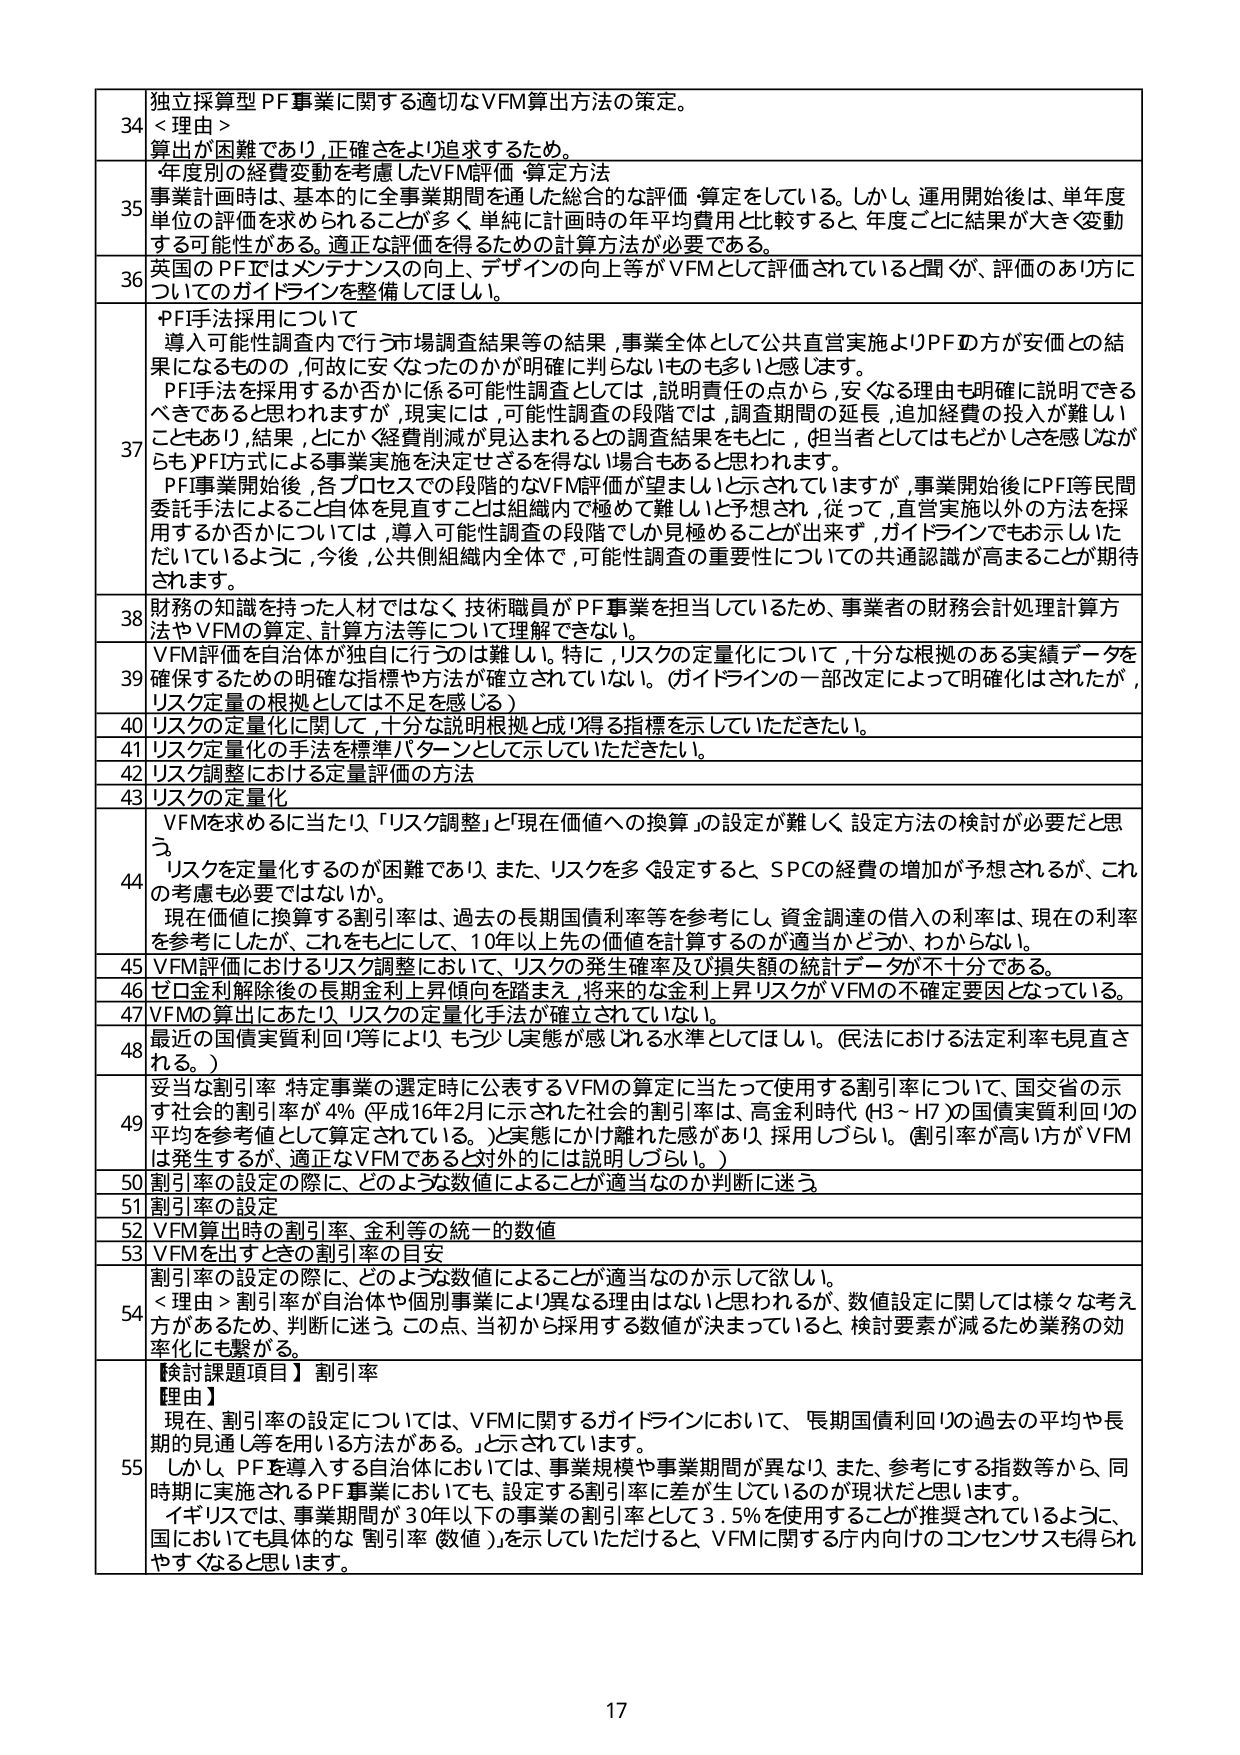
34 独立採算型PF事業に関する適切なVFM算出方法の策定。
＜理由＞
算出が困難であり、正確さをより追求するため。

35 年度別の経費変動を考慮したVFM評価・算定方法
事業計画時は、基本的に全事業期間を通した総合的な評価・算定をしている。しかし、運用開始後は、単年度単位の評価を求めるられることが多く、単純に計画時の年平均費用と比較すると、年度ごとに結果が大きく変動する可能性がある。適正な評価を得るための計算方法が必要である。

36 英国のPFではメンテナンスの向上、デザインの向上等がVFMとして評価されていると聞くが、評価のあり方についてのガイドラインを整備してほしい。

37 PF手法採用について
導入可能性調査内で行う市場調査結果等の結果、事業全体として公共直営実施よりPFの方が安価との結果になるものの、何故に安くなったのかが明確に判らないものも多いと感じます。
PF手法を採用するか否かに係る可能性調査としては、説明責任の点から、安くなる理由も明確に説明できるべきであると思われますが、現実には、可能性調査の段階では、調査期間の延長、追加経費の投入が難しいこともあり、結果、とにかく経費削減が見込まれるとの調査結果をもとに、担当者としてはもどかしさを感じながらもPF方式による事業実施を決定せざるを得ない場合もあると思われます。
PF事業開始後、各プロセスでの段階的なVFM評価が望ましいと示されていますが、事業開始後にPF等民間委託手法によること自体を見直すことは組織内で極めて難しいと予想され、従って、直営実施以外の方法を採用するか否かについては、導入可能性調査の段階でしか見極めることが出来ず、ガイドラインでもお示しいただいているように、今後、公共側組織内全体で、可能性調査の重要性についての共通認識が高まることが期待されます。

38 財務の知識を持った人材ではなく技術職員がPF事業を担当しているため、事業者の財務会計処理計算方法やVFMの算定、計算方法等について理解できない。

39 VFM評価を自治体が独自に行うのは難しい。特に、リスクの定量化について、十分な根拠のある実績データを確保するための明確な指標や方法が確立されていない。（ガイドラインの一部改定によって明確化はされたが、リスク定量の根拠としては不足を感じる）

40 リスクの定量化に関して、十分な説明根拠と成り得る指標を示していただきたい。

41 リスク定量化の手法を標準パターンとして示していただきたい。

42 リスク調整における定量評価の方法

43 リスクの定量化

44 VFMを求めるに当たり、「リスク調整」と「現在価値への換算」の設定が難しく、設定方法の検討が必要だと思う。
リスクを定量化するのが困難であり、また、リスクを多く設定すると、SPCの経費の増加が予想されるが、これの考慮も必要ではないか。
現在価値に換算する割引率は、過去の長期国債利率等を参考にし、資金調達の借入の利率は、現在の利率を参考にしたが、これをもとにして、10年以上先の価値を計算するのが適当かどうか、わからない。

45 VFM評価におけるリスク調整において、リスクの発生確率及び損失額の統計データが不十分である。

46 ゼロ金利解除後の長期金利上昇傾向を踏まえ、将来的な金利上昇リスクがVFMの不確定要因となっている。

47 VFMの算出にあたり、リスクの定量化手法が確立されていない。

48 最近の国債実質利回り等により、もう少し実態が感じれる水準としてはほしい。（民法における法定利率も見直される。）

49 妥当な割引率 特定事業の選定時に公表するVFMの算定に当たって使用する割引率について、国交省の示す社会の割引率が4%（平成16年2月に示された社会の割引率は、高金利時代（H3～H7）の国債実質利回りの平均を参考値として算定されている。）と実態にかけ離れた感があり、採用しづらい。（割引率が高い方がVFMは発生するが、適正なVFMであると対外的には説明しづらい。）

50 割引率の設定の際に、どのような数値によることが適当なのか判断に迷う。

51 割引率の設定

52 VFM算出時の割引率、金利等の統一的数値

53 VFMを出すときの割引率の目安

54 割引率の設定の際に、どのような数値によることが適当なのか示して欲しい。
＜理由＞割引率が自治体や個別事業により異なる理由はないと思われるが、数値設定に関しては様々な考え方があるため、判断に迷う。この点、当初から採用する数値が決まっていると、検討要素が減るため業務の効率化にも繋がる。

55 【検討課題項目】割引率
【理由】
現在、割引率の設定については、VFMに関するガイドラインにおいて、長期国債利回りの過去の平均や長期的見通し等を用いる方法がある、と示されています。
しかし、PFを導入する自治体においては、事業規模や事業期間が異なり、また、参考にする指数等から、同時に実施されるPF事業においても、設定する割引率に差が生じているのが現状だと思います。
イギリスでは、事業期間が30年以下の事業の割引率として3.5%を使用することが推奨されているように、国においても具体的な割引率（数値）を示していただけると、VFMに関する庁内向けのコンセンサスも得られやすくなると思います。

17